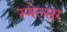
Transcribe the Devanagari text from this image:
स्मेल्सर